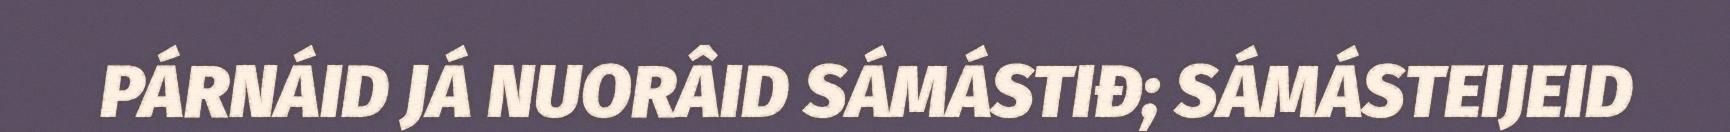
PÁRNÁID JÁ NUORÂID SÁMÁSTIĐ; SÁMÁSTEIJEID